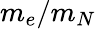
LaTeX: m_{e}/m_{N}